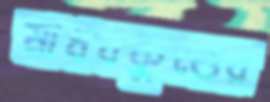
মাধবকুণ্ডের